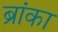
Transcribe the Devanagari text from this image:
ब्रांका